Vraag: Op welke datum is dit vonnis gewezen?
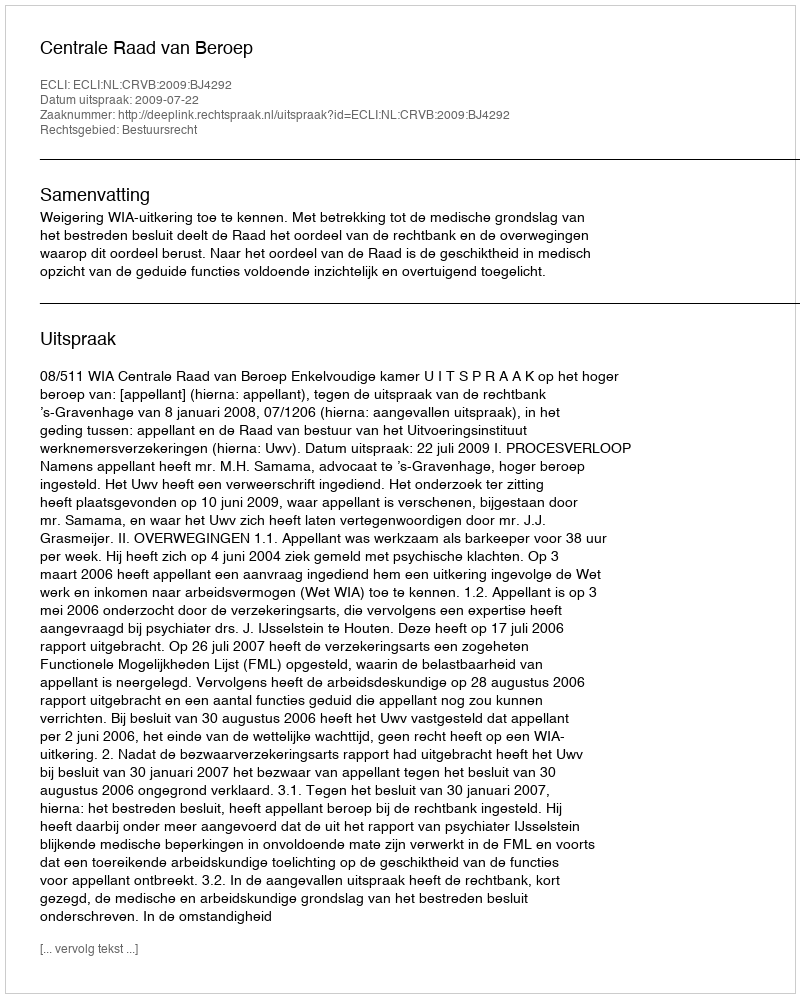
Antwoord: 2009-07-22